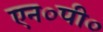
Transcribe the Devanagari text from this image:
एन०पी०